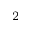
^ { 2 }